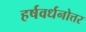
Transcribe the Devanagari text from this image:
हर्षवर्धनोत्तर